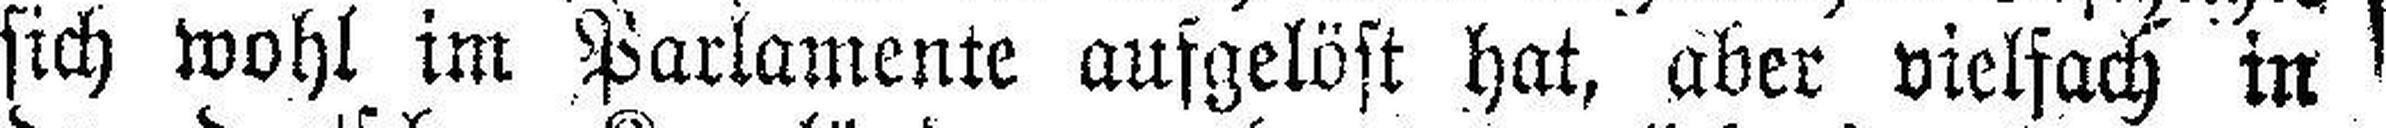
sich wohl im Parlamente aufgelöst hat, aber vielfach in